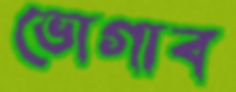
ভোগাব